Rangoon Lunatic Asylum 1878-1892 - 1878-1892
Year: 1878
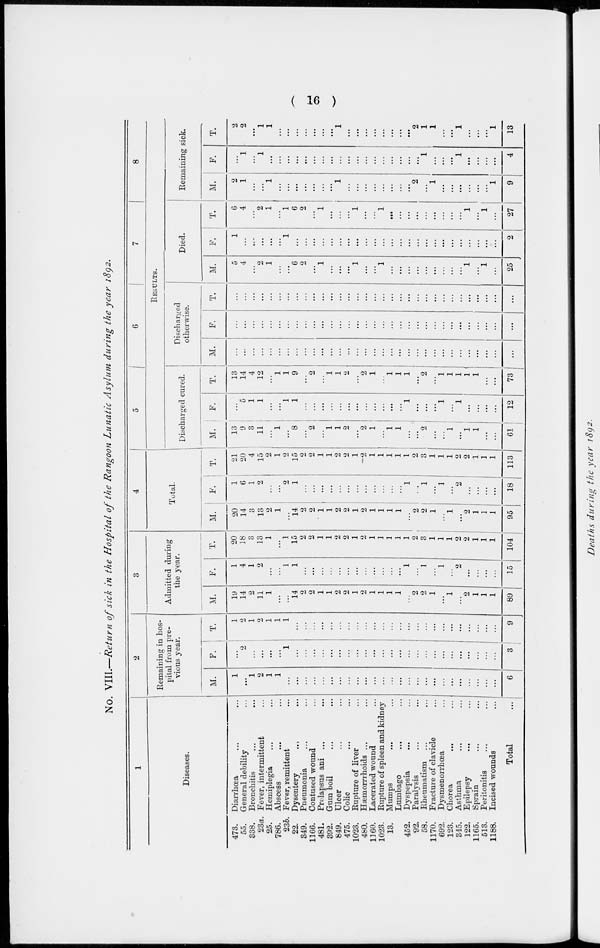
( 16 )
No. VIII.—Return of sick in the Hospital of the Rangoon Lunatic Asylum during the year 1892.
1
Diseases.
473.
55.
338.
23a.
25.
786.
23b.
22.
349.
1166.
481.
392.
849.
475.
1023.
480.
1160.
1023.
13.
452.
92.
58.
1170.
692.
123.
345.
122.
1165.
513.
1188.
Diarrhœa ... ...
General debility ...
Bronchitis ... ...
Fever, intermittent ...
Hemiplegia ... ...
Abscess ... ...
Fever, remittent ...
Dysentery ... ...
Pneumonia ... ...
Contused wound ...
Prolapsus ani ... ...
Gum boil ... ...
Ulcer ... ...
Colic ... ...
Rupture of liver ...
Hæmorrrhoids ... ...
Lacerated wound ...
Rupture of spleen and kidney
Mumps ... ...
Lumbago ... ...
Dyspepsia ... ...
Paralysis ... ...
Rheumatism ... ...
Fracture of clavicle ...
Dysmenorrhœa ...
Chorea ... ...
Asthma ... ...
Epilepsy ... ...
Sprain ... ...
Peritonitis ... ...
Incised wounds
...
Total
...
2
Remaining in hos-
pital from pre-
vious year.
M.
1
...
1
2
1
1
...
...
...
...
...
...
...
...
...
...
...
...
...
...
...
...
...
...
...
...
...
...
...
...
...
6
F.
...
2
...
...
...
...
1
...
...
...
...
...
...
...
...
...
...
...
...
...
...
...
...
...
...
...
...
...
...
...
...
3
T.
1
2
1
2
1
1
1
...
...
...
...
...
...
...
...
...
...
...
...
...
...
...
...
...
...
...
...
...
...
...
...
9
3
Admitted during
the year.
M.
19
14
2
11
1
...
...
14
2
2
1
1
2
2
1
2
1
1
1
1
...
2
2
1
...
1
...
2
1
1
1
89
F.
1
4
1
2
...
...
1
1
...
...
...
...
...
...
...
...
...
...
...
...
1
...
1
...
1
...
2
...
...
...
...
15
T.
20
18
3
13
1
...
1
15
2
2
1
1
2
2
1
2
1
1
1
1
1
2
3
1
1
1
2
2
1
1
1
104
4
Total.
M.
20
14
3
13
2
1
...
14
2
2
1
1
2
2
1
2
1
1
1
1
...
2
2
1
...
1
...
2
1
1
1
95
F.
1
6
1
2
...
...
2
1
...
...
...
...
...
...
...
...
...
...
...
...
1
...
1
...
1
...
2
...
...
...
...
18
T.
21
20
4 15
2
1
2
15
2
2
1
1
2
2
1
2
1
1
1
1
1
2
3
1
1
1
2
2
1
1
1
113
5
6
7
8
RESULTS.
Discharged cured.
M.
13
9
3
11
...
1
...
8
...
2
...
1
1
2
...
2
1
...
1
1
...
...
2
...
...
1
...
1
1
...
...
61
F.
...
5
1
1
...
...
1
1
...
...
...
...
...
...
...
...
...
...
...
...
1
...
...
...
1
...
1
...
...
...
...
12
T.
13
14
4
12
...
1
1
9
...
2
...
1
1
2
...
2
1
...
1
1
1
...
2
1
1
1
1
1
...
...
73
Discharged
otherwise.
M.
...
...
...
...
...
...
...
...
...
...
...
...
...
...
...
...
...
...
...
...
...
...
...
...
...
...
...
...
...
...
...
...
F.
...
...
...
...
...
...
...
...
...
...
...
...
...
...
...
...
...
...
...
...
...
...
...
...
...
...
...
...
...
...
...
...
T.
...
...
...
...
...
...
...
...
...
...
...
...
...
...
...
...
...
...
...
...
...
...
...
...
...
...
...
...
...
...
...
...
Died.
M.
5 4
...
2
1
...
...
6
2
...
1
...
...
...
1
...
...
1
...
...
...
...
...
...
...
...
...
1
...
1
...
25
F.
1
...
...
...
...
...
1
...
...
...
...
...
...
...
...
...
...
...
...
...
...
...
...
...
...
...
...
...
...
...
...
2
T.
6
4
...
2
1
...
1
6
2
...
1
...
...
...
1
...
...
1
...
...
...
...
...
...
...
...
...
1
...
1
...
27
Remaining sick.
M.
2
1
...
...
1
...
...
...
...
...
...
...
1
...
...
...
...
...
...
...
...
2
...
1
...
...
...
...
...
...
1
9
F.
...
1
...
1
...
...
...
...
...
...
...
...
...
...
...
...
...
...
...
...
...
...
1
...
...
...
1
...
...
...
...
4
T.
2
2
...
1
1
...
...
...
...
...
...
...
1
...
...
...
...
...
...
...
...
2
1
1
...
...
1
...
...
...
1
13